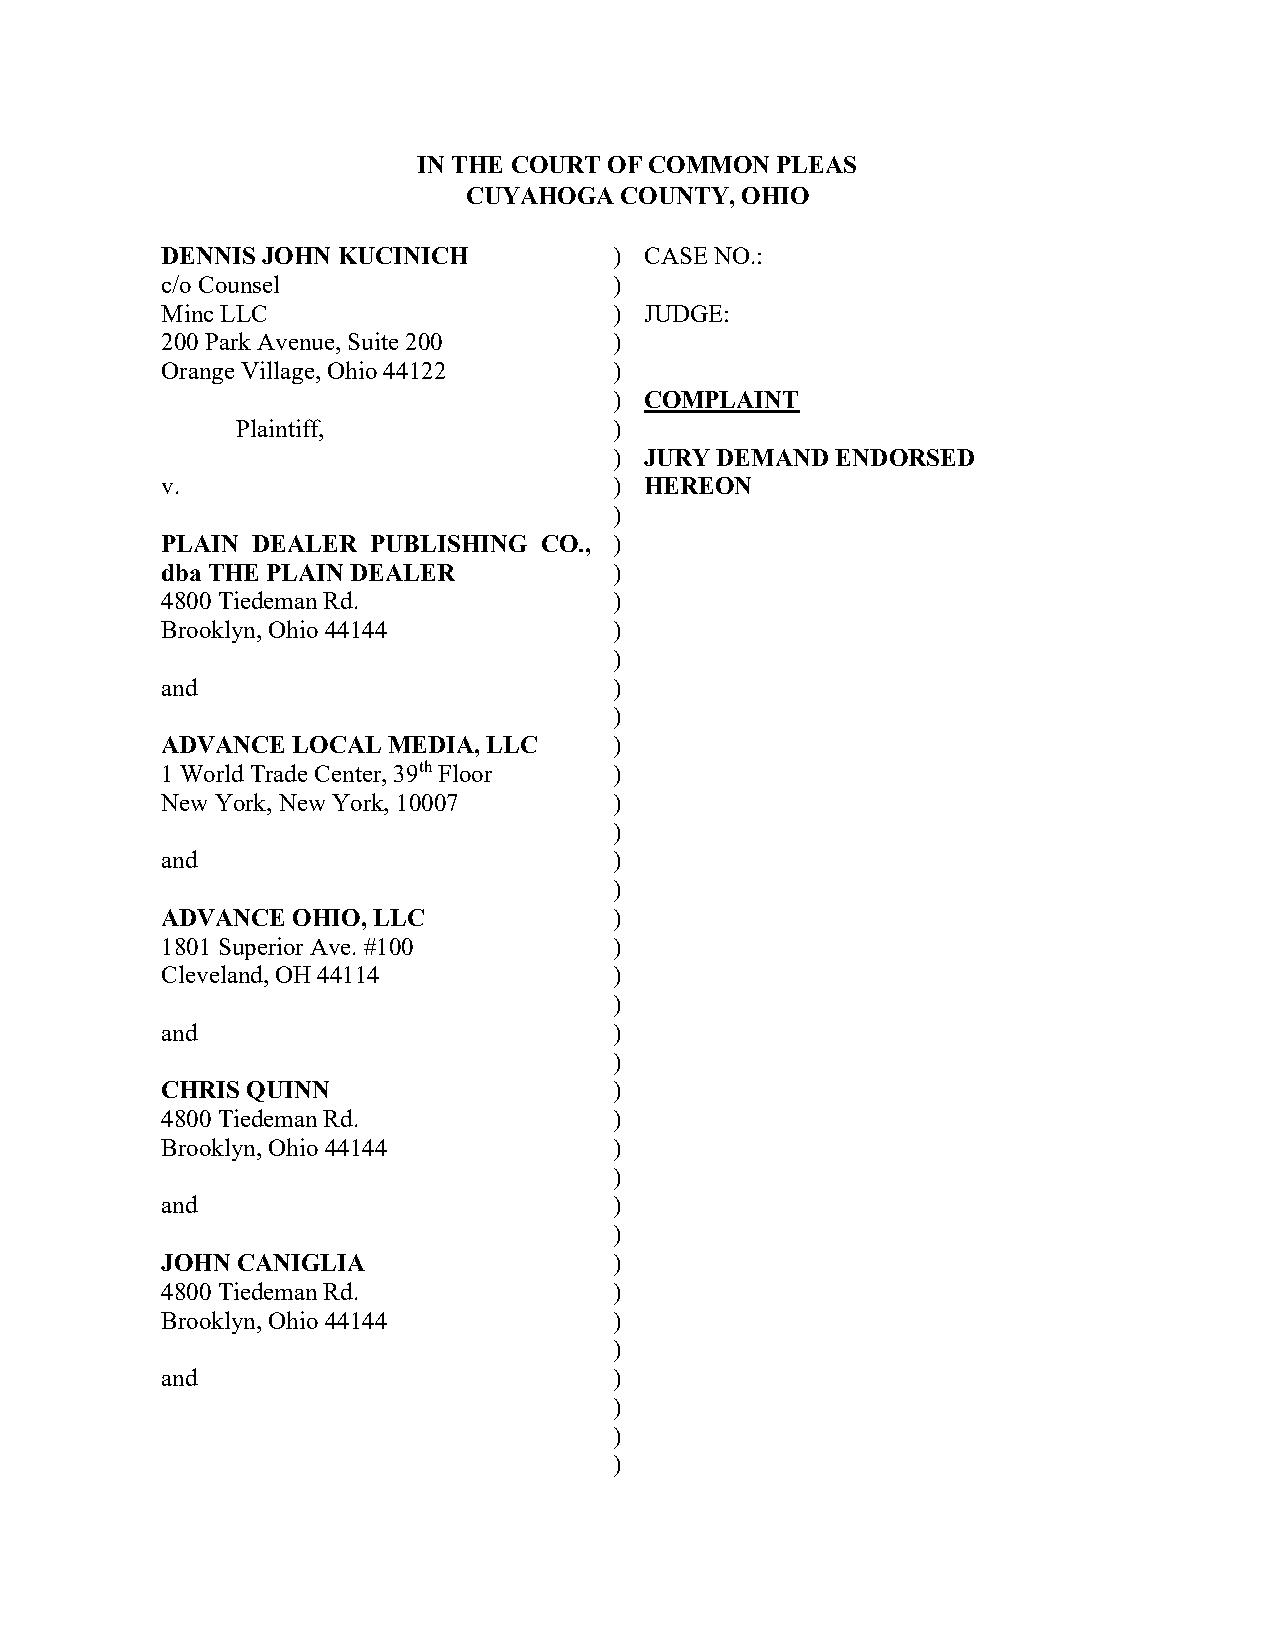
IN THE COURT OF COMMON PLEAS
 CUYAHOGA  COUNTY, OHIO
 DENNIS JOHN KUCINICH          ) CASE NO.:
 c/o Counsel                   )
 Minc LLC                      ) JUDGE:
 200 Park Avenue, Suite 200    )
 Orange Village, Ohio 44122    )
 ) COMPLAINT
 Plaintiff,               )
 ) JURY DEMAND ENDORSED
 v.                            ) HEREON
 )
 PLAIN DEALER  PUBLISHING CO., )
 dba THE PLAIN DEALER          )
 4800 Tiedeman Rd.             )
 Brooklyn, Ohio 44144          )
 )
 and                           )
 )
 ADVANCE LOCAL  MEDIA, LLC     )
 1 World Trade Center, 39th Floor )
 New York, New York, 10007     )
 )
 and                           )
 )
 ADVANCE OHIO, LLC             )
 1801 Superior Ave. #100       )
 Cleveland, OH 44114           )
 )
 and                           )
 )
 CHRIS QUINN                   )
 4800 Tiedeman Rd.             )
 Brooklyn, Ohio 44144          )
 )
 and                           )
 )
 JOHN CANIGLIA                 )
 4800 Tiedeman Rd.             )
 Brooklyn, Ohio 44144          )
 )
 and                           )
 )
 )
 )